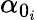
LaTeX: \alpha_{0_{i}}